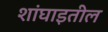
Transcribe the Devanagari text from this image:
शांघाइतील